Madras plague regulations and rules for district municipalities and other towns and villages
Disease focus: Plague
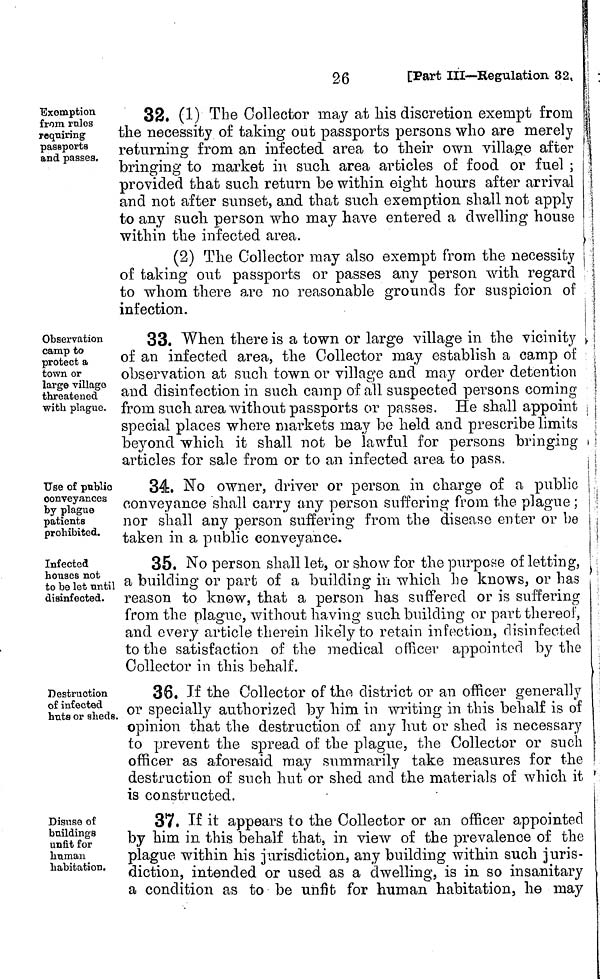
26
[Part III—Regulation 32,
Exemption
from rules
requiring
passports
and passes.
32. (1) The Collector may at his discretion exempt from
the necessity of taking out passports persons who are merely
returning from an infected area to their own village after
bringing to market in such area articles of food or fuel ;
provided that such return be within eight hours after arrival
and not after sunset, and that such exemption shall not apply
to any such person who may have entered a dwelling house
within the infected area.
(2) The Collector may also exempt from the necessity
of taking out passports or passes any person with regard
to whom there arc no reasonable grounds for suspicion of
infection.
Observation
camp to
protect a
town or
large village
threatened
with plague.
33. When there is a town or large village in the vicinity
of an infected area, the Collector may establish a camp of
observation at such town or village and may order detention
and disinfection in such camp of all suspected persons coming
from such area with out passports or passes. He shall appoint
special places where markets may be held and prescribe limits
beyond which it shall not be lawful for persons bringing
articles for sale from or to an infected area to pass.
Use of public
conveyances
by plague
patients
prohibited.
34, No owner, driver or person in charge of a public
conveyance shall carry any person suffering from the plague ;
nor shall any person suffering from the disease enter or be
taken in a public conveyance.
Infected
houses not
to be let untill
disinfected.
35. No person, shall let, or show for the purpose of letting,
a building or part of a building in which he knows, or has
reason to know, that a person has suffered or is suffering
from the plague, without having such building or part thereof,
and every article therein likely to retain infection, disinfected
to the satisfaction of the medical officer appointed by the
Collector in this behalf.
Destruction
of infected
huts or sheds.
36. If the Collector of the district or an officer generally
or specially authorized by him in writing in this behalf is of
opinion that the destruction of any hut or shed is necessary
to prevent the spread of the plague, the Collector or such
officer as aforesaid may summarily take measures for the
destruction of such hut or shed and the materials of which it
is constructed.
Disuse of
buildings
unfit for
human
habitation.
37. If it appears to the Collector or an officer appointed
by him in this behalf that, in view of the prevalence of the
plague within his jurisdiction, any building within such juris-
diction, intended or used as a dwelling, is in so insanitary
a condition as to be unfit for human habitation, he may